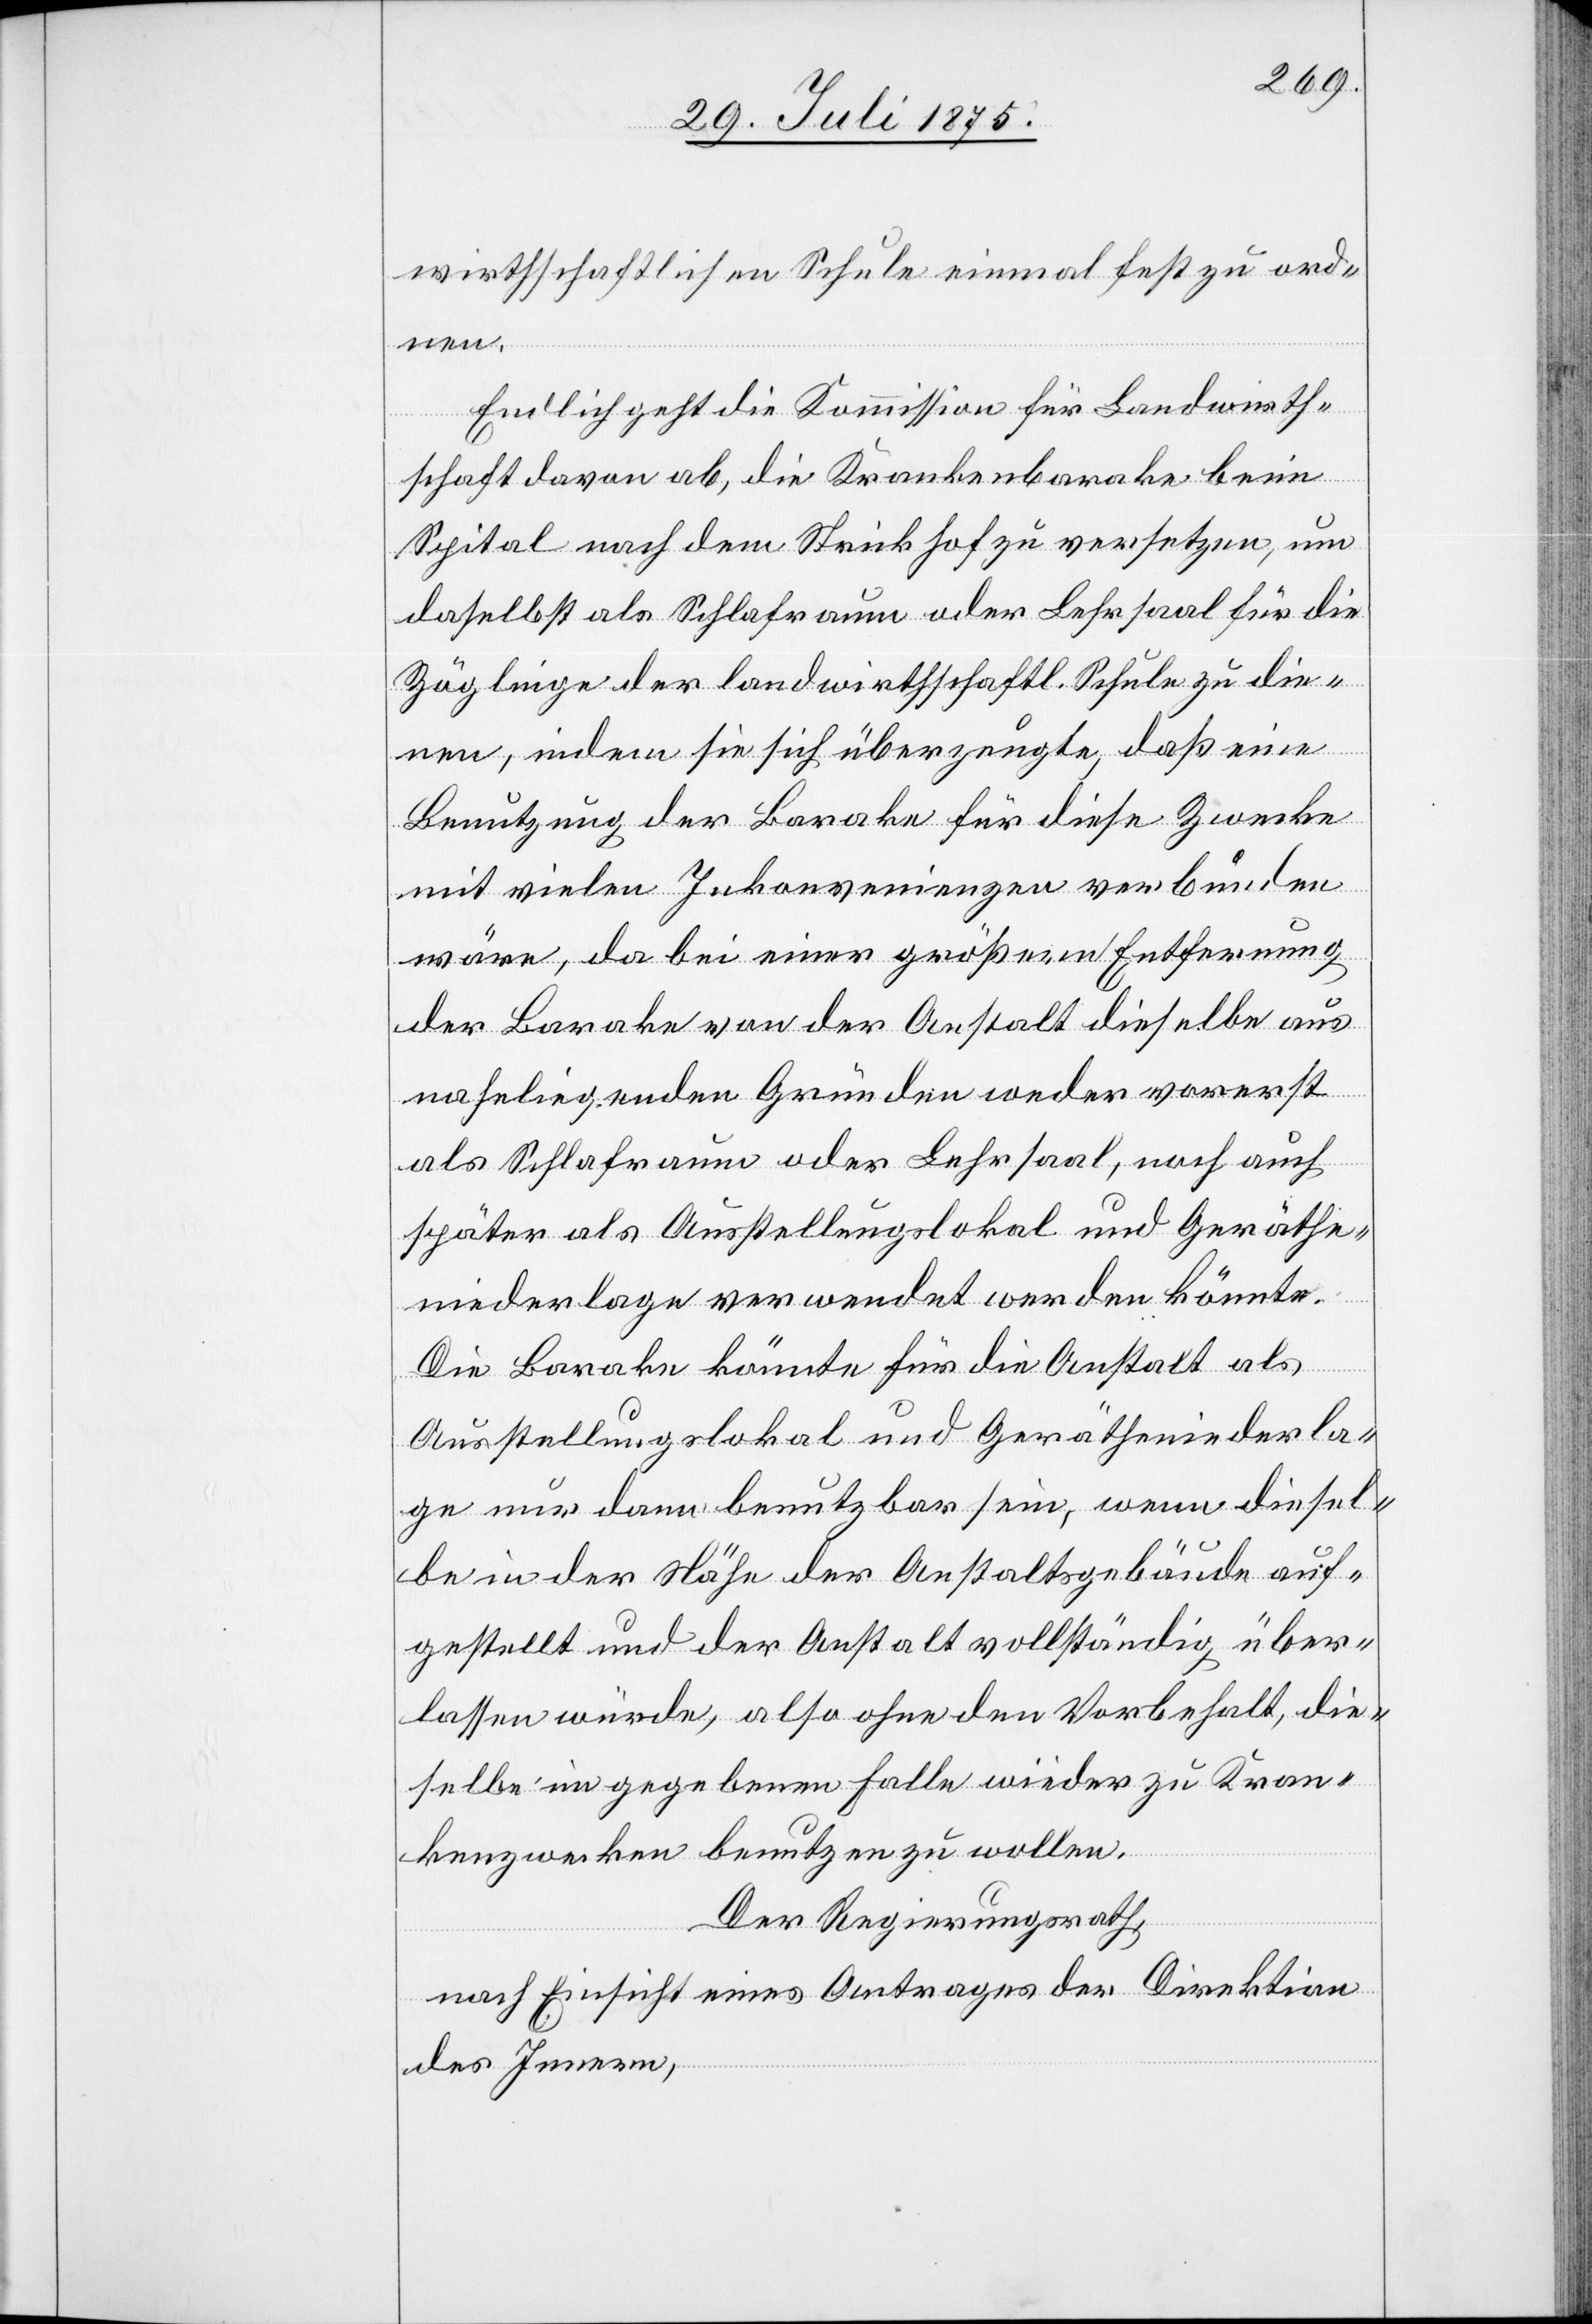
wirthschaftlichen Schule einmal fest zu ord¬
nen.
Endlich geht die Kommission für Landwirth¬
schaft davon ab, die Krankenbarake beim
Spital nach dem Strickhof zu versetzen, um
daselbst als Schlafraum oder Lehrsaal für die
Zöglinge der landwirthschaftl. Schule zu die¬
nen, indem sie sich überzeugte, daß eine
Benutzung der Barake für diese Zwecke
mit vielen Inkonvenienzen verbunden
wäre, da bei einer größern Entfernung
der Barake von der Anstalt dieselbe aus
naheliegenden Gründen weder vorerst
als Schlafraum oder Lehrsaal, noch auch
später als Ausstellungslokal und Geräthe¬
niederlage verwendet werden könnte.
Die Barake könnte für die Anstalt als
Ausstellungslokal und Gerätheniederla¬
ge nur dann benutzbar sein, wenn diesel¬
be in der Nähe der Anstaltsgebäude auf¬
gestellt und der Anstalt vollständig über¬
lassen würde, also ohne den Vorbehalt, die¬
selbe im gegebenen Falle wieder zu Kran¬
kenzwecken benutzen zu wollen.
Der Regierungsrath,
nach Einsicht eines Antrages der Direktion
des Innern,